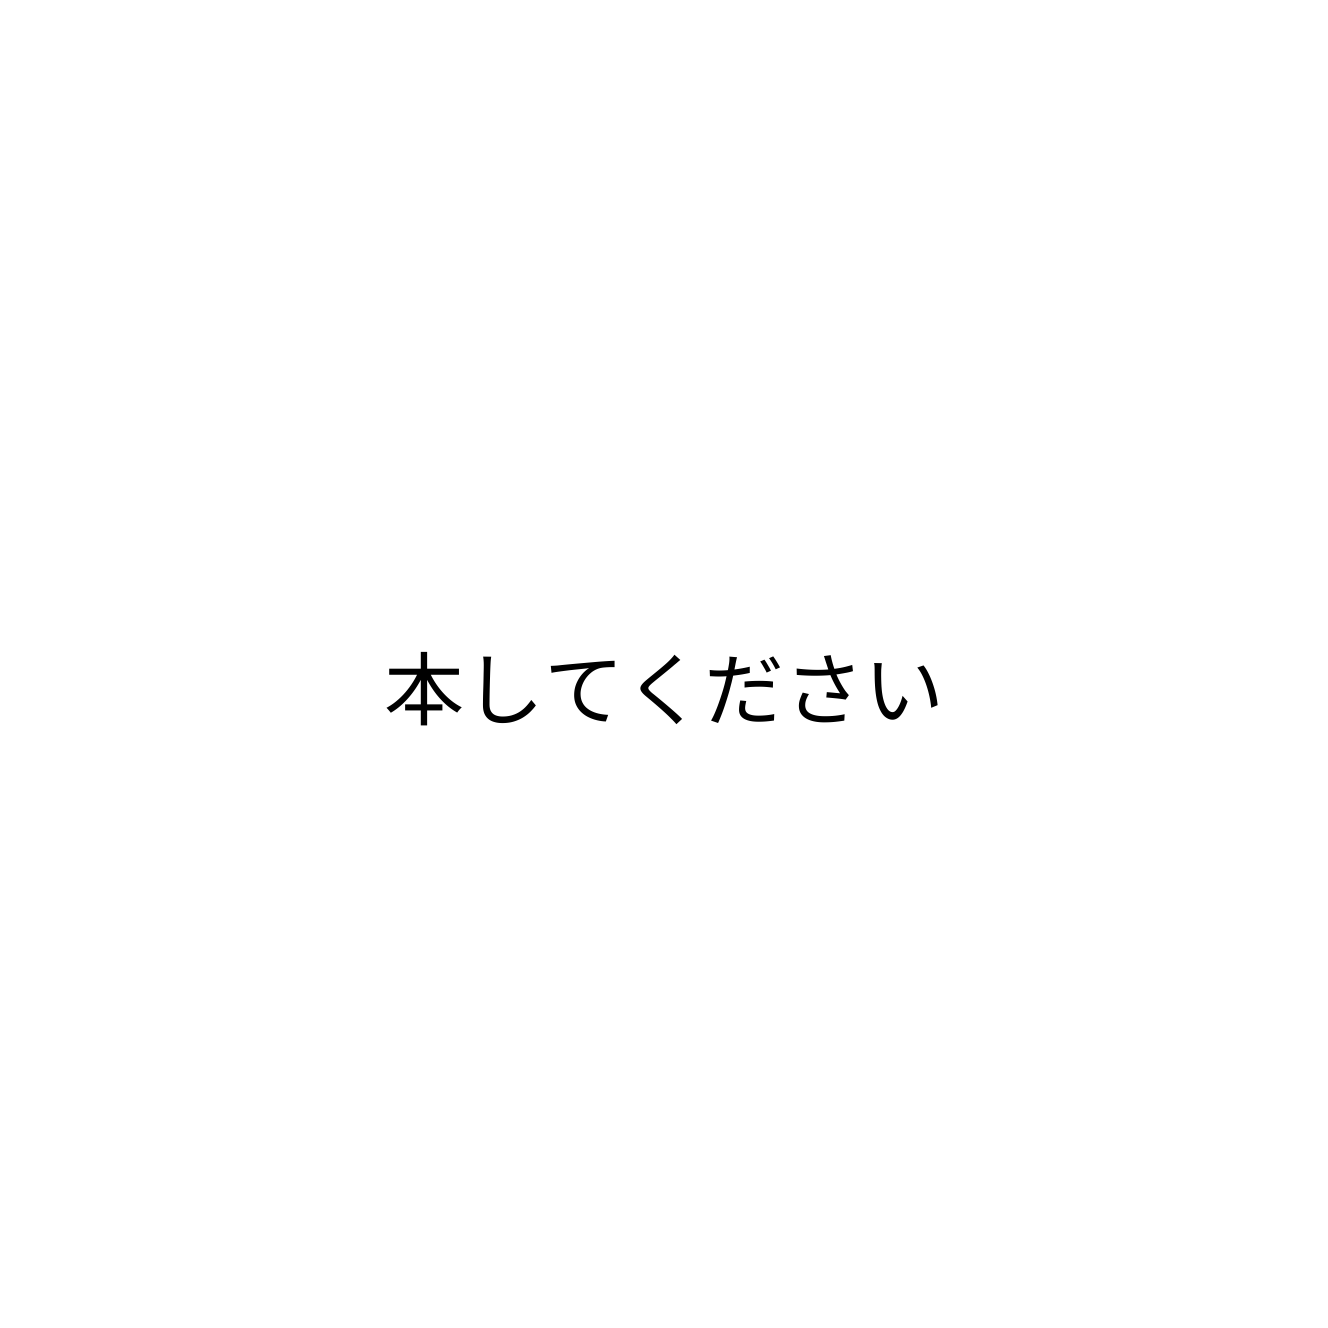
本してください